Report on the working of the mental hospitals for Indians in Bihar and Orissa - 1925-1929
Year: 1925
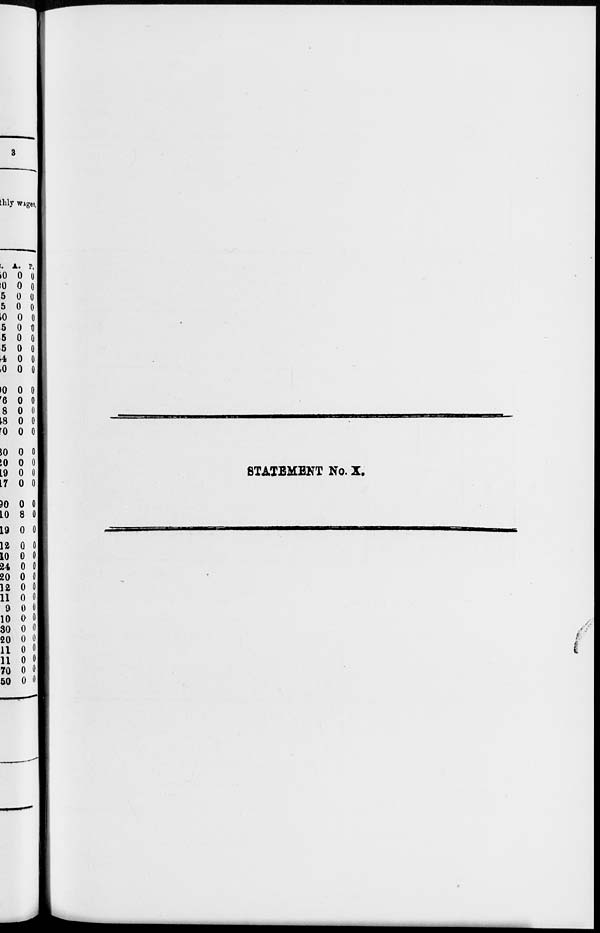
STATEMENT No. X.